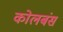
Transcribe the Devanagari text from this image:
कोलबंस